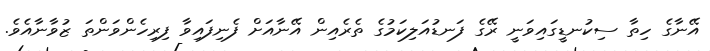
އޭނާގެ ހިތާ ސިކުނޑީގައިވަނީ ރޭގެ ފަނޑުއަލިކަމުގެ ތެރެއިން އޭނާއަށް ފެނިފައިވާ ފިރިހެންވަންތަ ޒުވާނާއެވެ.